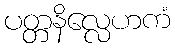
ပတ္တနိလ္လေဟကံ